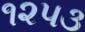
૧૨૫૩